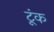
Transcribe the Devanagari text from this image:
टूंक